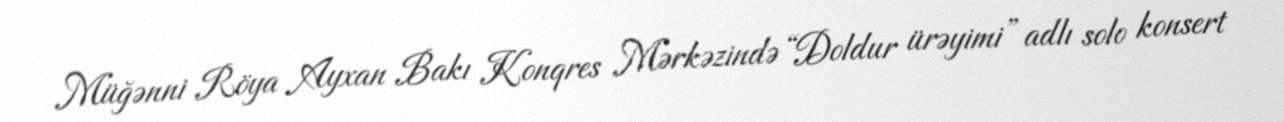
Müğənni Röya Ayxan Bakı Konqres Mərkəzində “Doldur ürəyimi” adlı solo konsert